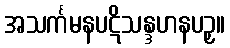
အသင်္ကမနပဋိသန္ဒဟနပဉှ။